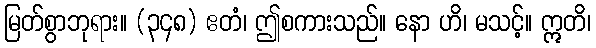
မြတ်စွာဘုရား။ (၃၄၈) ဧတံ၊ ဤစကားသည်။ နော ဟိ၊ မသင့်။ ဣတိ၊